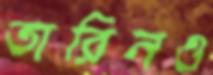
তারিনও